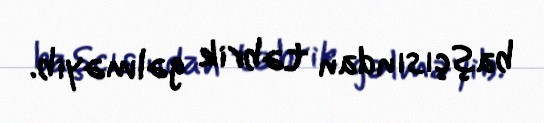
başçısından təbrik gəlməyib.